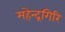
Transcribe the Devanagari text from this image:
महेन्द्रगिरि